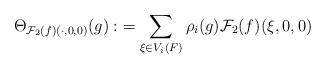
LaTeX: \begin{align*}\Theta_{\mathcal{F}_2(f)(\cdot,0,0)}(g):&=\sum_{\xi \in V_i(F)} \rho_i(g)\mathcal{F}_2(f)(\xi,0,0)\end{align*}